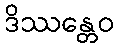
ဒိဿန္တေဝ